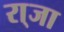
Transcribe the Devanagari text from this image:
रा्जा